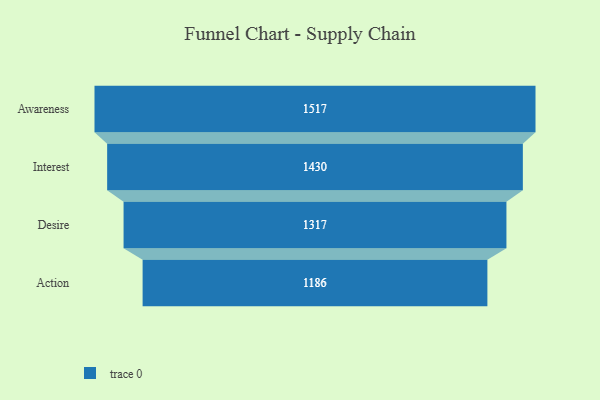
{"axis": {"x": "Stage", "y": "Value"}, "legend": [""], "data": [{"x": "Awareness", "y": 1517.0, "type": ""}, {"x": "Interest", "y": 1430.0, "type": ""}, {"x": "Desire", "y": 1317.0, "type": ""}, {"x": "Action", "y": 1186.0, "type": ""}]}